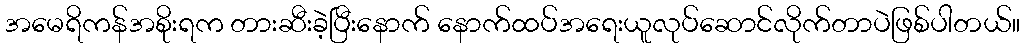
အမေရိကန်အစိုးရက တားဆီးခဲ့ပြီးနောက် နောက်ထပ်အရေးယူလုပ်ဆောင်လိုက်တာပဲဖြစ်ပါတယ်။